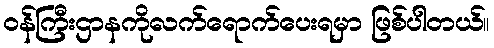
ဝန်ကြီးဌာနကိုလက်ရောက်ပေးရမှာ ဖြစ်ပါတယ်။